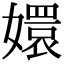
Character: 嬛